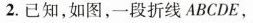
2.已知，如图，一段折线ABCDE，